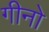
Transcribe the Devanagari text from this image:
गीनो